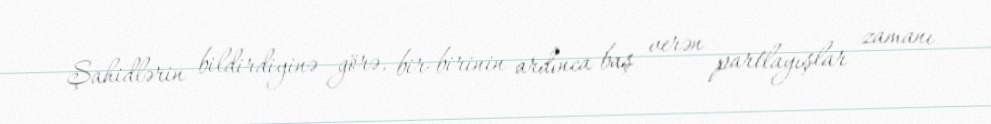
Şahidlərin bildirdiyinə görə, bir-birinin ardınca baş verən partlayışlar zamanı